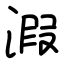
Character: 溊